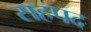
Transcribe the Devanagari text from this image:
सहपद